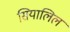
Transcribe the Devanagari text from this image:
सियालिल